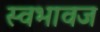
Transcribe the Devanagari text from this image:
स्वभावज